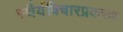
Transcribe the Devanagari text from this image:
स्थैर्यविचारप्रकरण